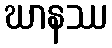
ဃာနဿ